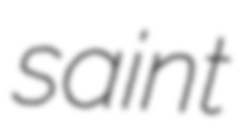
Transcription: saint